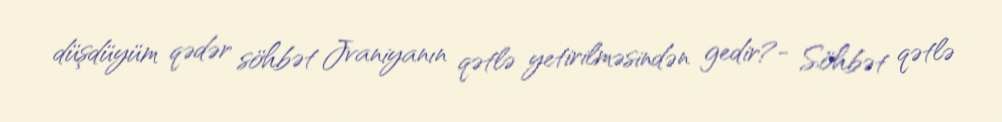
düşdüyüm qədər söhbət Jvaniyanın qətlə yetirilməsindən gedir?- Söhbət qətlə